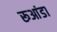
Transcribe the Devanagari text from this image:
रूआंडा